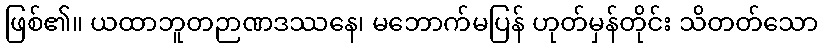
ဖြစ်၏။ ယထာဘူတဉာဏဒဿနေ၊ မဘောက်မပြန် ဟုတ်မှန်တိုင်း သိတတ်သော